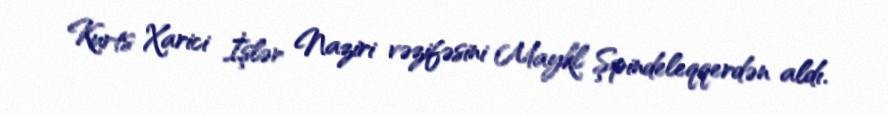
Kurts Xarici İşlər Naziri vəzifəsini Maykl Şpindeleqqerdən aldı.